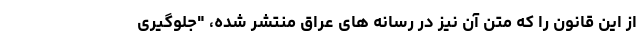
از این قانون را که متن آن نیز در رسانه های عراق منتشر شده، "جلوگیری